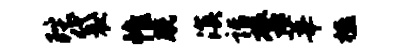
陀袋帷脱溟诣罄莘楹